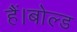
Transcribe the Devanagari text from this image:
हैं।बोल्ड